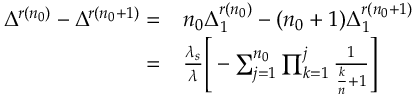
\begin{array} { r l } { \Delta ^ { r ( n _ { 0 } ) } - \Delta ^ { r ( n _ { 0 } + 1 ) } = } & { n _ { 0 } \Delta _ { 1 } ^ { r ( n _ { 0 } ) } - ( n _ { 0 } + 1 ) \Delta _ { 1 } ^ { r ( n _ { 0 } + 1 ) } } \\ { = } & { \frac { \lambda _ { s } } { \lambda } \Bigg [ - \sum _ { j = 1 } ^ { n _ { 0 } } \prod _ { k = 1 } ^ { j } \frac { 1 } { \frac { k } { n } + 1 } \Bigg ] } \end{array}